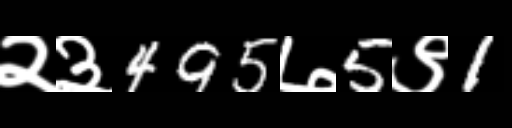
Text: २३495७5९1